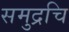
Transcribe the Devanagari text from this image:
समुद्रचि